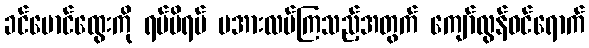
ခင်မောင်ထွေးကို ရပ်မိရပ် မအားလပ်ကြသည့်အတွက် ကျော်လွန်ဝင်ရောက်